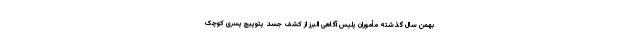
بهمن سال گذشته مأموران پلیس آگاهی البرز از کشف جسد پتوپیچ پسری کوچک